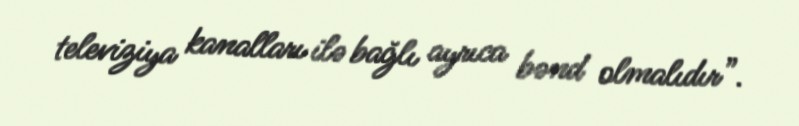
televiziya kanalları ilə bağlı ayrıca bənd olmalıdır”.